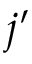
j ^ { \prime }